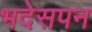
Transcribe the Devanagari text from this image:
भदेसपन